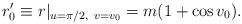
LaTeX: \begin{align*}r'_{0} \equiv r|_{u=\pi/2,~ v=v_{0}} =m(1+\cos v_{0}).\end{align*}